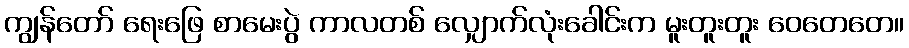
ကျွန်တော် ရေးဖြေ စာမေးပွဲ ကာလတစ် လျှောက်လုံးခေါင်းက မူးတူးတူး ဝေတေတေ။